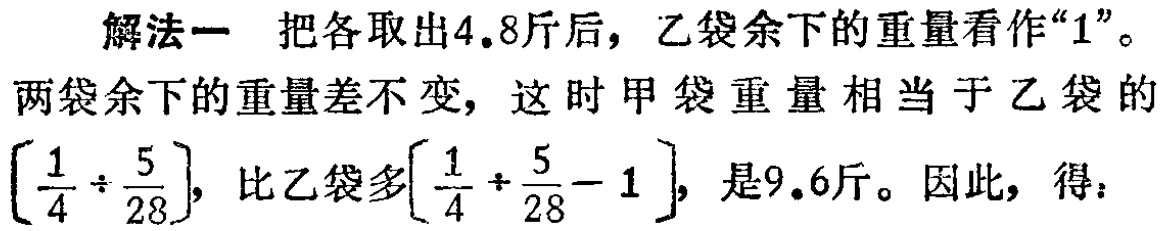
解法一 把各取出4.8斤后，乙袋余下的重量看作“1”。

两袋余下的重量差不变，这时甲袋重量相当于乙袋的

$\left[\frac{1}{4} \div \frac{5}{28}\right]$，比乙袋多$\left[\frac{1}{4} \div \frac{5}{28}-1\right]$，是9.6斤。因此，得：